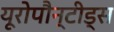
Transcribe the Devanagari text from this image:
यूरोपौन्टीड्स